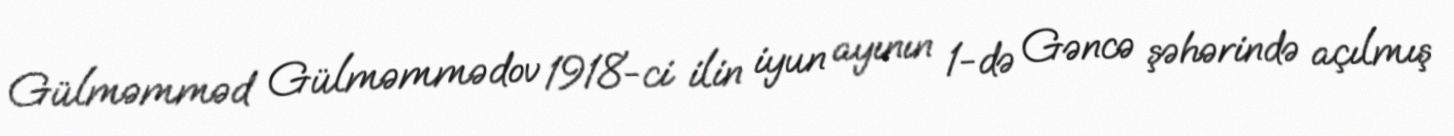
Gülməmməd Gülməmmədov 1918-ci ilin iyun ayının 1-də Gəncə şəhərində açılmış